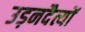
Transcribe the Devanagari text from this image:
उड़नदैत्यों